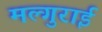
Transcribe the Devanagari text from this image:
मल्गुराई